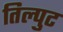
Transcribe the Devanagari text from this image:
तिल्पुट